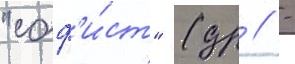
"соф'и́ст" (др // -